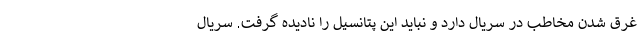
غرق شدن مخاطب در سریال دارد و نباید این پتانسیل را نادیده گرفت. سریال